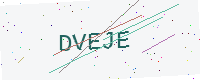
Text: DVEJE